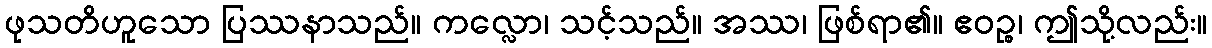
ဖုသတိဟူသော ပြဿနာသည်။ ကလ္လော၊ သင့်သည်။ အဿ၊ ဖြစ်ရာ၏။ ဧဝဉ္စ၊ ဤသို့လည်း။